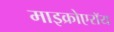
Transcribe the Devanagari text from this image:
माइक्रोएरॉय